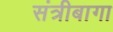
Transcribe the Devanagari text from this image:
संत्रीबागा